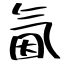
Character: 氤